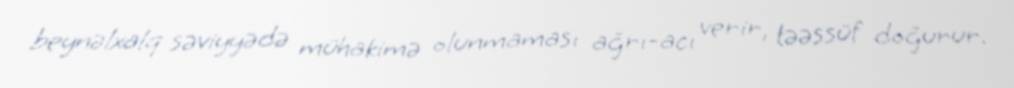
beynəlxalq səviyyədə mühakimə olunmaması ağrı-acı verir, təəssüf doğurur.